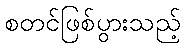
စတင်ဖြစ်ပွားသည့်